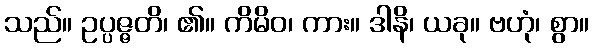
သည်။ ဥပ္ပဇ္ဇတိ၊ ၏။ ကိမိဝ၊ ကား။ ဒါနိ၊ ယခု။ ဗဟုံ၊ စွာ။